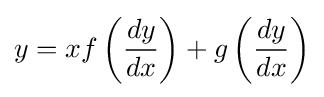
y=xf\left({\frac {dy}{dx}}\right)+g\left({\frac {dy}{dx}}\right)